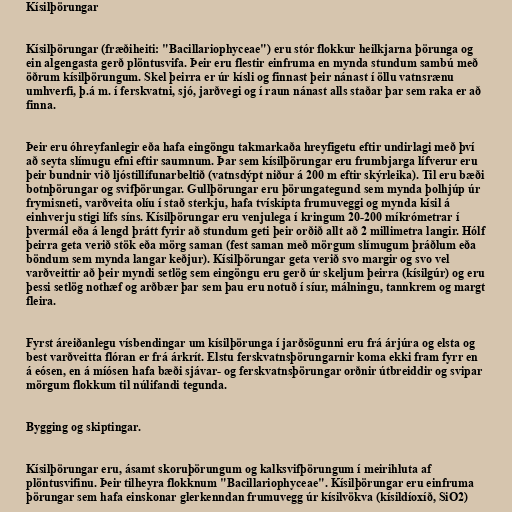
Kísilþörungar

Kísilþörungar (fræðiheiti: "Bacillariophyceae") eru stór flokkur heilkjarna þörunga og
ein algengasta gerð plöntusvifa. Þeir eru flestir einfruma en mynda stundum sambú með
öðrum kísilþörungum. Skel þeirra er úr kísli og finnast þeir nánast í öllu vatnsrænu
umhverfi, þ.á m. í ferskvatni, sjó, jarðvegi og í raun nánast alls staðar þar sem raka er að
finna.

Þeir eru óhreyfanlegir eða hafa eingöngu takmarkaða hreyfigetu eftir undirlagi með því
að seyta slímugu efni eftir saumnum. Þar sem kísilþörungar eru frumbjarga lífverur eru
þeir bundnir við ljóstillífunarbeltið (vatnsdýpt niður á 200 m eftir skýrleika). Til eru bæði
botnþörungar og svifþörungar. Gullþörungar eru þörungategund sem mynda þolhjúp úr
frymisneti, varðveita olíu í stað sterkju, hafa tvískipta frumuveggi og mynda kísil á
einhverju stigi lífs síns. Kísilþörungar eru venjulega í kringum 20-200 míkrómetrar í
þvermál eða á lengd þrátt fyrir að stundum geti þeir orðið allt að 2 millimetra langir. Hólf
þeirra geta verið stök eða mörg saman (fest saman með mörgum slímugum þráðlum eða
böndum sem mynda langar keðjur). Kísilþörungar geta verið svo margir og svo vel
varðveittir að þeir myndi setlög sem eingöngu eru gerð úr skeljum þeirra (kísilgúr) og eru
þessi setlög nothæf og arðbær þar sem þau eru notuð í síur, málningu, tannkrem og margt
fleira.

Fyrst áreiðanlegu vísbendingar um kísilþörunga í jarðsögunni eru frá árjúra og elsta og
best varðveitta flóran er frá árkrít. Elstu ferskvatnsþörungarnir koma ekki fram fyrr en
á eósen, en á míósen hafa bæði sjávar- og ferskvatnsþörungar orðnir útbreiddir og svipar
mörgum flokkum til núlifandi tegunda.

Bygging og skiptingar.

Kísilþörungar eru, ásamt skoruþörungum og kalksvifþörungum í meirihluta af
plöntusvifinu. Þeir tilheyra flokknum "Bacillariophyceae". Kísilþörungar eru einfruma
þörungar sem hafa einskonar glerkenndan frumuvegg úr kísilvökva (kísildíoxíð, SiO2)